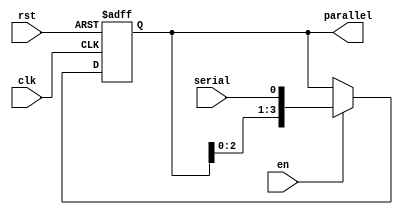
module sipo(
    input clk,rst,
    input en,
    output reg [3:0]parallel,
    input serial
);
always@(posedge clk, negedge rst)begin
    if(!rst)
        parallel<=4'b0;
    else if(en)
        parallel<={parallel[2:0],serial};
end
endmodule